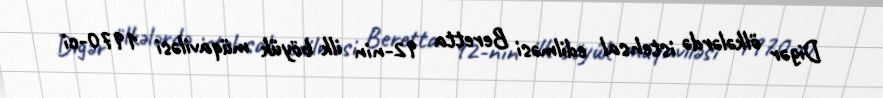
Digər ölkələrdə istehsal edilməsi Beretta 92-nin ilk böyük müqaviləsi 1970-ci